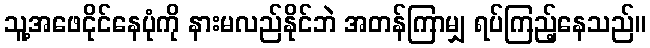
သူ့အဖေငိုင်နေပုံကို နားမလည်နိုင်ဘဲ အတန်ကြာမျှ ရပ်ကြည့်နေသည်။